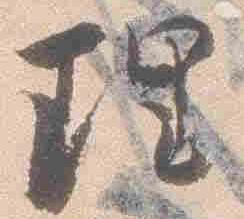
理